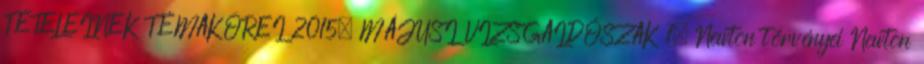
TÉTELEINEK TÉMAKÖREI 2015. MÁJUSI VIZSGAIDŐSZAK 1. Newton törvényei Newton